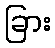
ခြား